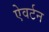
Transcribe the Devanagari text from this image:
ऐवर्टन